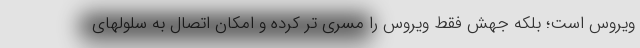
ویروس است؛ بلکه جهش فقط ویروس را مسری تر کرده و امکان اتصال به سلولهای